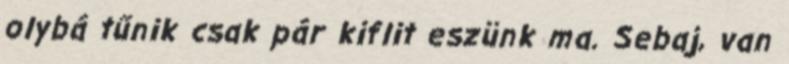
olybá tűnik csak pár kiflit eszünk ma. Sebaj, van